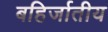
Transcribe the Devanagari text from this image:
बहिर्जातीय